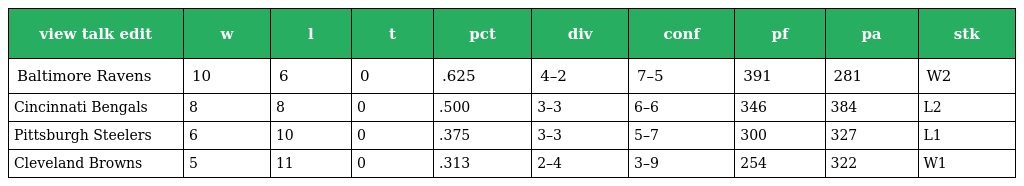
| view talk edit | w | l | t | pct | div | conf | pf | pa | stk |
 | --- | --- | --- | --- | --- | --- | --- | --- | --- | --- |
 | Baltimore Ravens | 10 | 6 | 0 | .625 | 4–2 | 7–5 | 391 | 281 | W2 |
 | Cincinnati Bengals | 8 | 8 | 0 | .500 | 3–3 | 6–6 | 346 | 384 | L2 |
 | Pittsburgh Steelers | 6 | 10 | 0 | .375 | 3–3 | 5–7 | 300 | 327 | L1 |
 | Cleveland Browns | 5 | 11 | 0 | .313 | 2–4 | 3–9 | 254 | 322 | W1 |